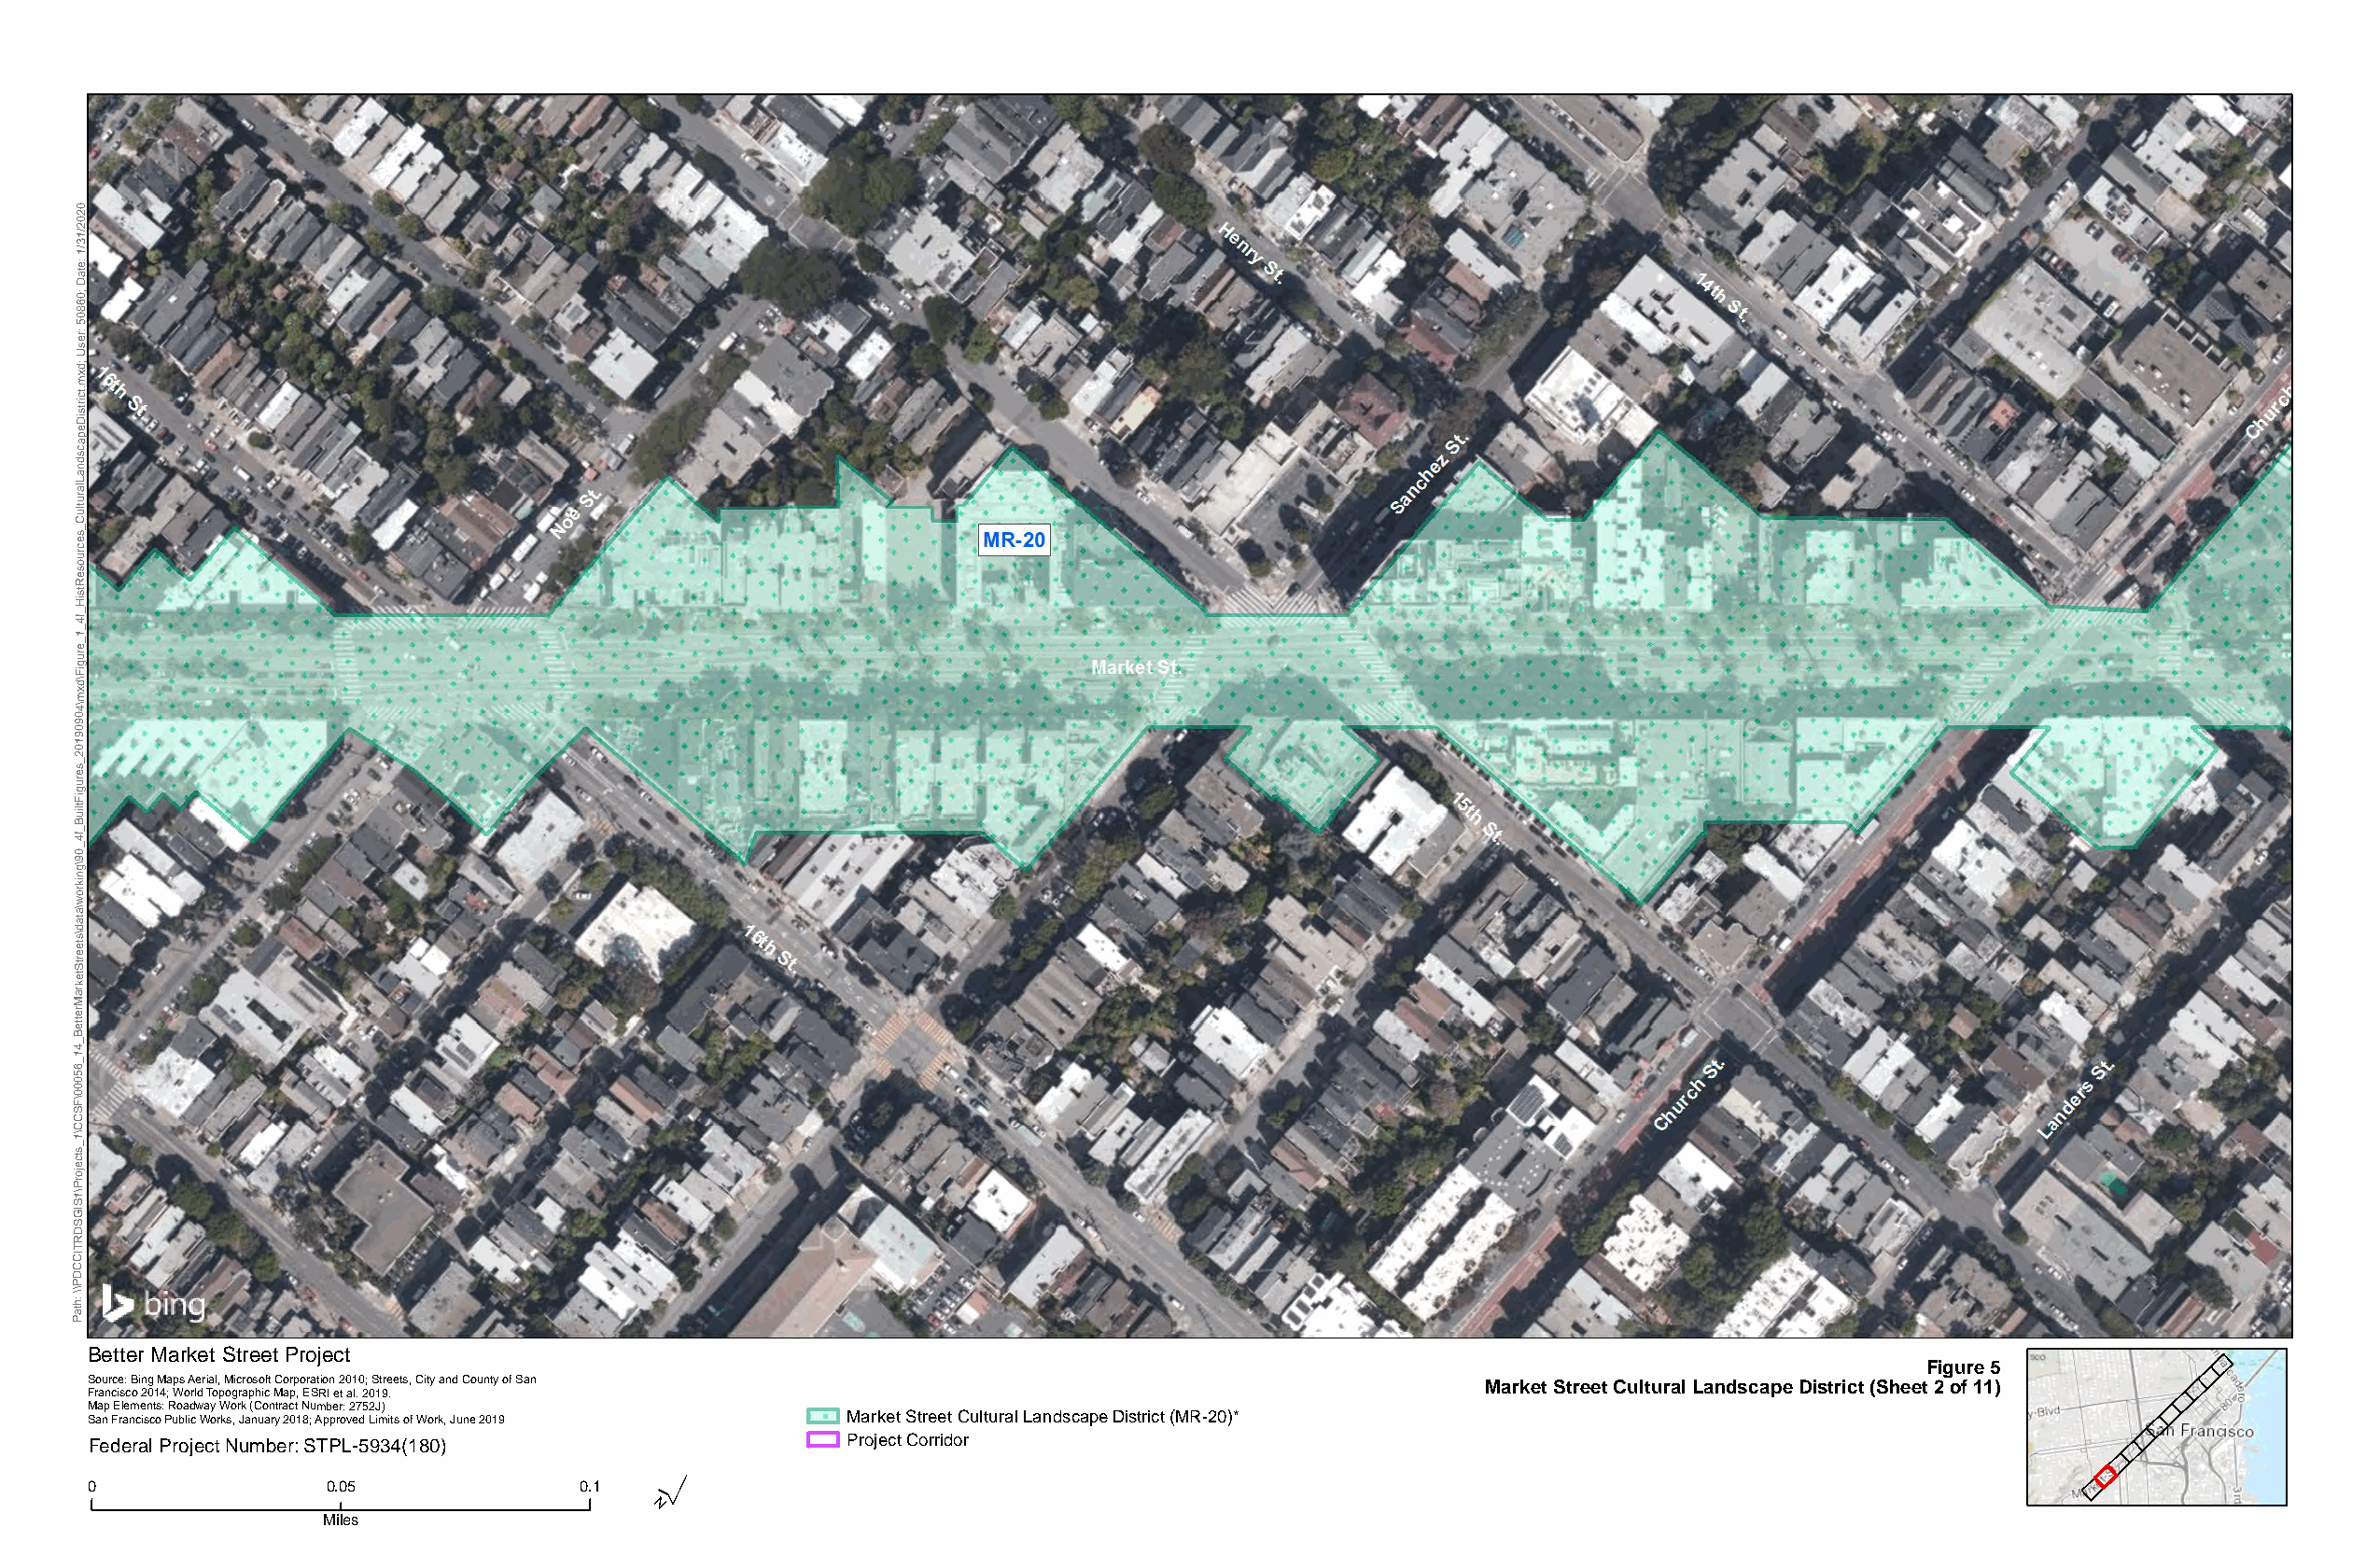
0
 2
 0
 2
 1/
 3
 1/
 e:
 at
 D
 0;
 6
 8
 0
 5
 er:
 Us
 d;
 x
 m
 ct.
 stri
 Di
 e
 p
 a
 c
 s
 d
 n
 a
 L
 al
 ur
 ult
 C
 _
 s
 e
 urc
 o
 s
 e
 R
 st
 Hi
 _
 4f
 _
 1
 _
 e
 ur
 g
 Fi
 d\
 x
 m
 4\
 0
 9
 0
 9
 1
 0
 2
 _
 s
 e
 ur
 g
 Fi
 uilt
 B
 _
 4f
 _
 0
 9
 g\
 n
 ki
 or
 w
 a\
 at
 d
 s\
 et
 e
 Str
 et
 k
 ar
 M
 er
 ett
 B
 _
 4
 1
 _
 6
 5
 0
 0
 0
 F\
 S
 C
 C
 1\
 _
 s
 ct
 e
 oj
 Pr
 1\
 S
 GI
 S
 D
 R
 T
 CI
 C
 D
 P
 h:
 \\
 at
 P
 Better Market Street Project
 Figure 5
 Source: Bing Maps Aerial, Microsoft Corporation 2010; Streets, City and County of San
 Francisco 2014; World Topographic Map, ESRI et al. 2019.                                           Market Street Cultural Landscape District (Sheet 2 of 11)
 Map Elements: Roadway Work (Contract Number: 2752J)
 San Francisco Public Works, January 2018; Approved Limits of Work, June 2019 Market Street Cultural Landscape District (MR-20)*
 Federal Project Number: STPL-5934(180)                Project Corridor
 ´
 0                0.05              0.1
 Miles